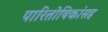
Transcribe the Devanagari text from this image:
पारितोषिकांसह